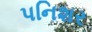
પનિશર